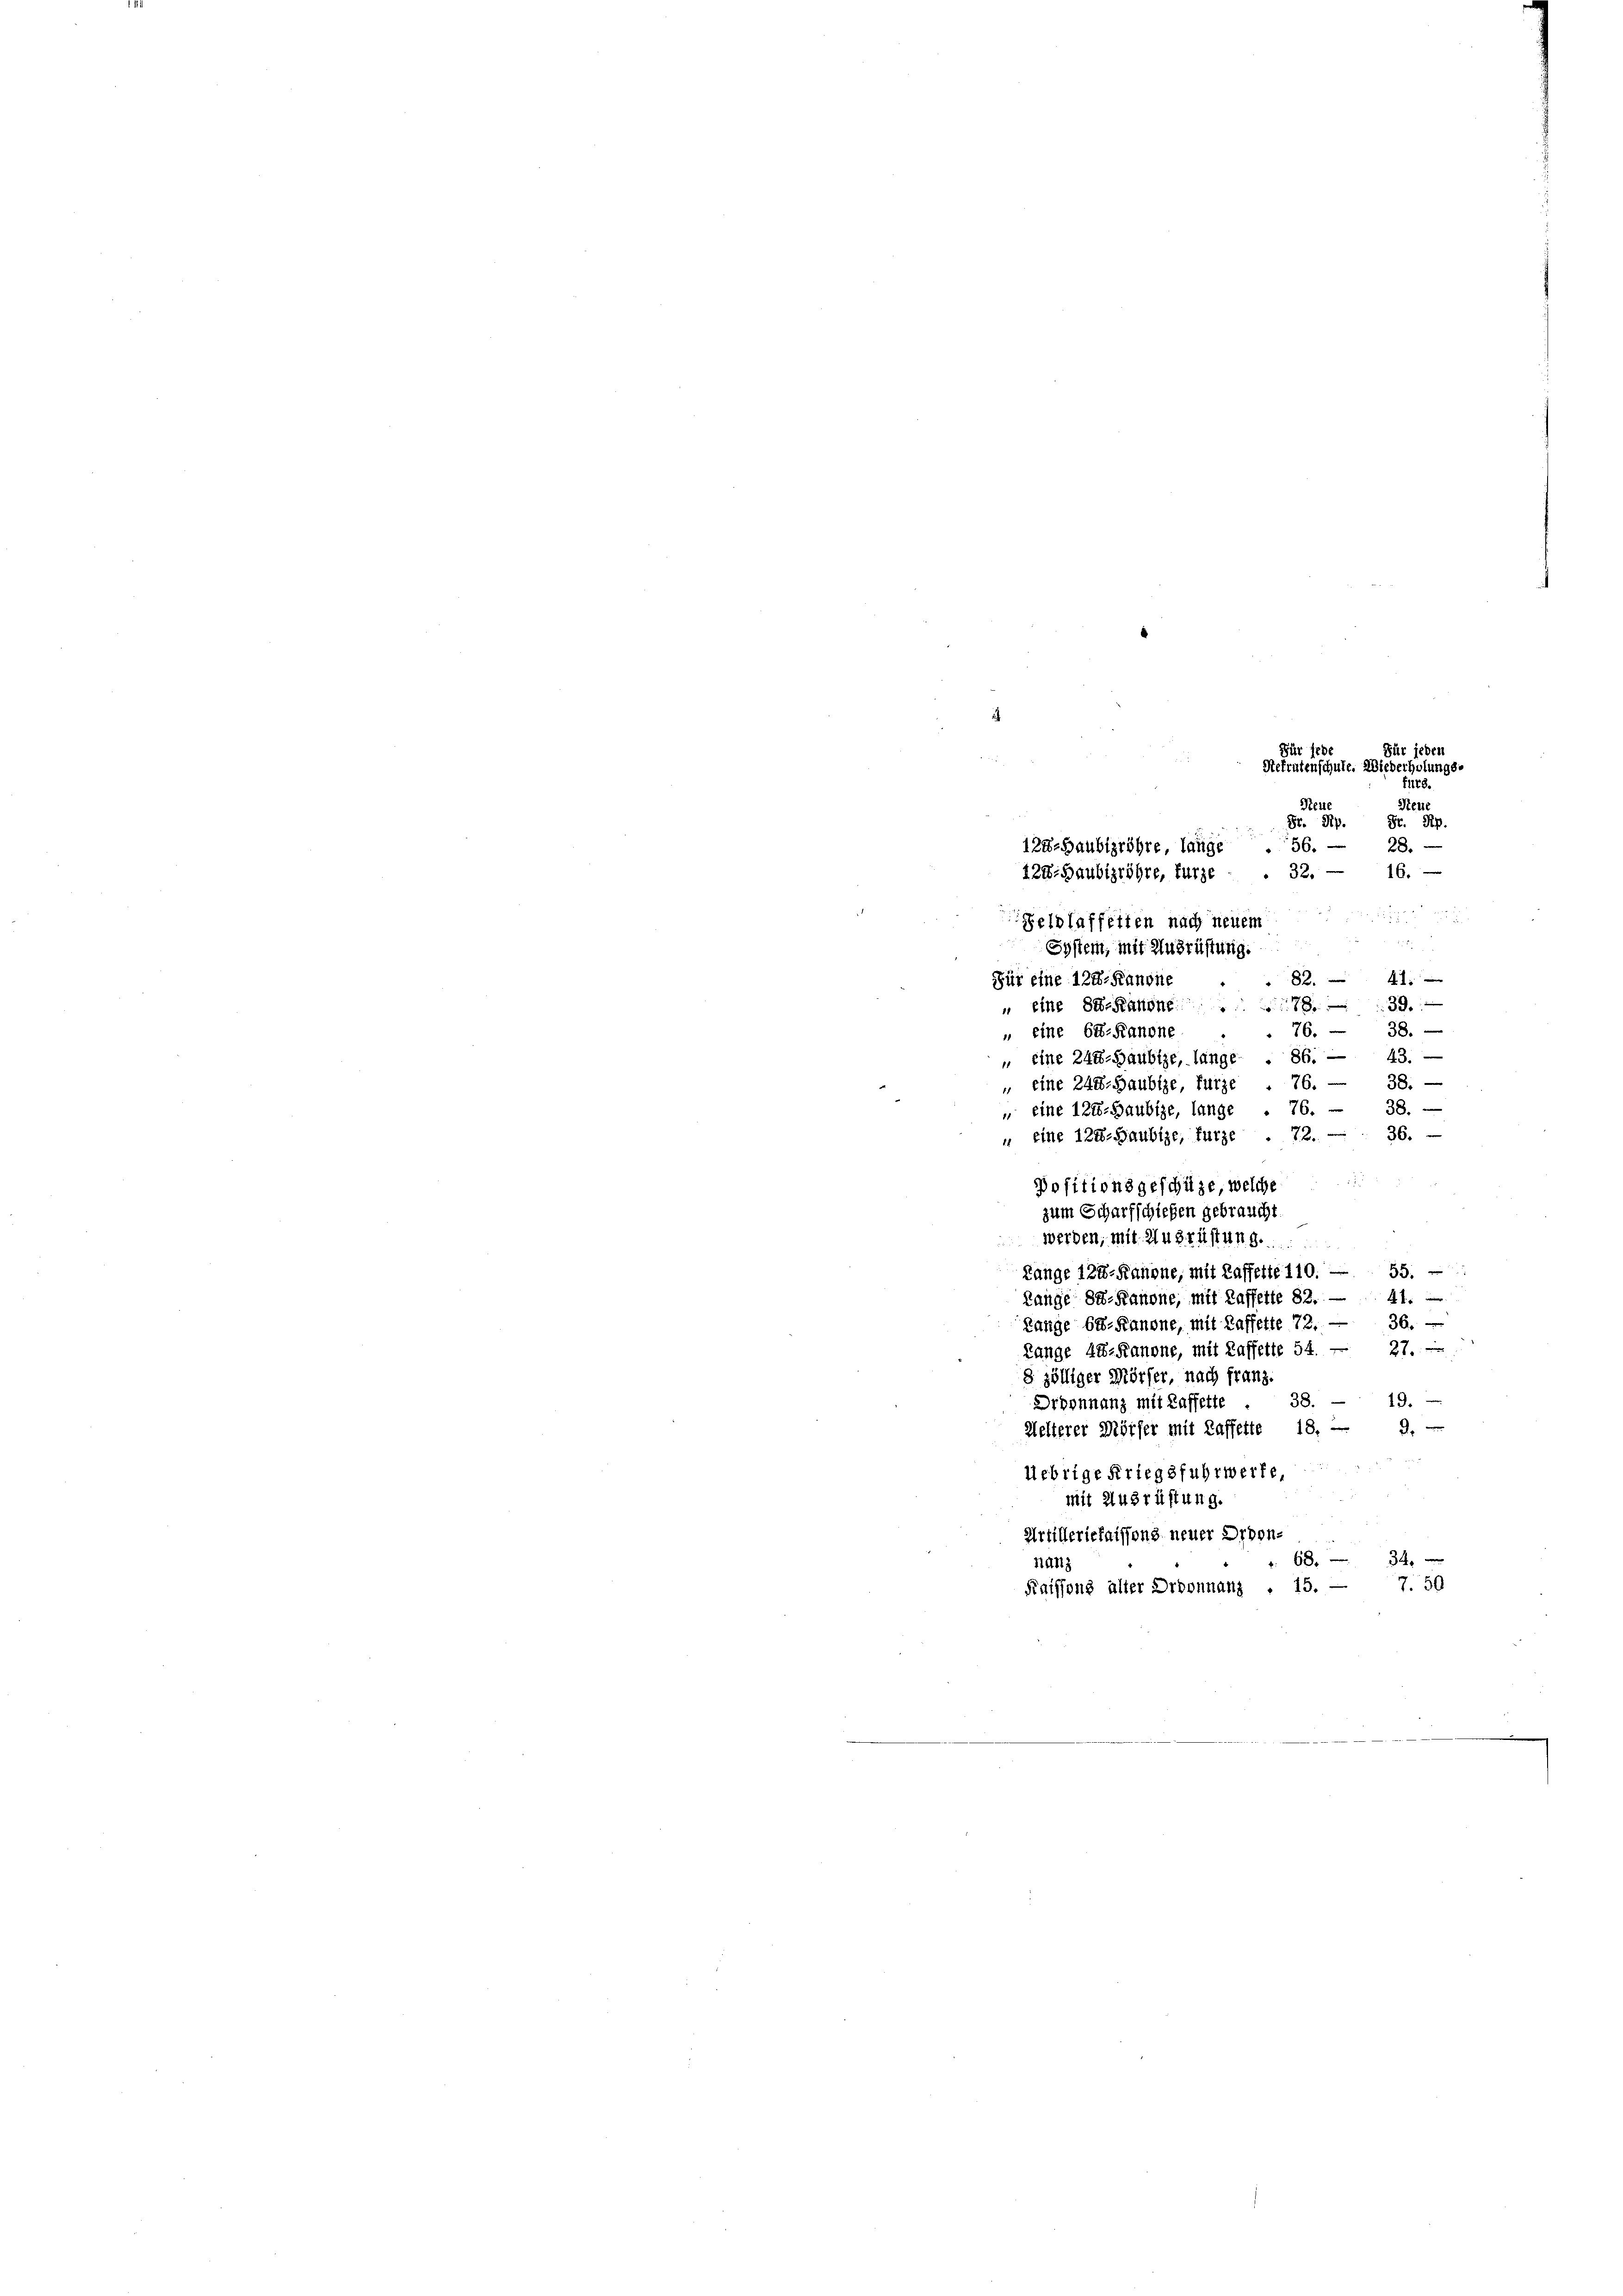
i

Für jede
Steue
Hr. Rp. Fr. Rp.
122. Haubigröhre lange
128. Haubizröhre, kurze . . 32. — 16.

Für jeden
Sefrutenschule. Wiederholungs-

für8.
Seuc
36. 28 x
Geld laffetten nach neuem
System, mit Ausrüstung.
Für eine 124. Kanone
82.
41
" eine Se-Kanone 1839.
6.
38.
" eine 62-Kanone
43.
86.
" eine 244-Saubize, lange
38. —
" eine 244. Haubige, kurz
76.
38.
 eine 124-Gaubige, lange . 76.
u eine 124. Haubige, fürze . 72. 36.
Positionsgeschüze welche
zum Scharfschiefen gebraucht
werden, mit Ausrüstung.
Range 127-Fauone, mit Kaffette 110. — 55.
Range Se-Kanone, mit Kaffette 82. — 41.
36.
Lange be-Kanone, mit Kaffette 72. -
2 f 0 x
Lange 42-Kanone, mit Kaffette 54.
8 zölliger Mörser, nach franz
19.
Droynnanz mit Kaffette . 38.
Kelterer Mörfer mit Kaffette 18. — d.
Uebrige Kriegsfuhrwerfe
mit Ausrüstung.
Artillerielaissens neuer Ordon-
68.
34.
nanz
Kaiffons alter Ordonnanz . 15. — 7. 50